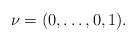
\begin{align*}\nu=(0,\dots,0,1).\end{align*}